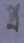
প্র